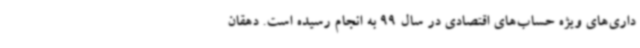
داری‌های ویژه حساب‌های اقتصادی در سال 99 به انجام رسیده است. دهقان